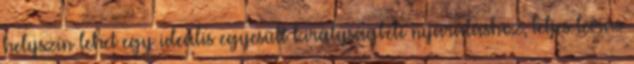
helyszín lehet egy ideális egyesült királyságbeli nyaraláshoz, Teljes leírás